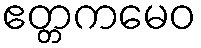
ဧတ္တကမေဝ